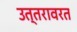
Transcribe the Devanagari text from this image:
उत्तरावरत